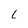
Character: L